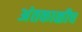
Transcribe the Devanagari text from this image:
अंतकाळीच